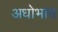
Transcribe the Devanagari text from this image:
अधोभाव